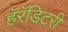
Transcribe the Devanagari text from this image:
हॅरॅडिटरी